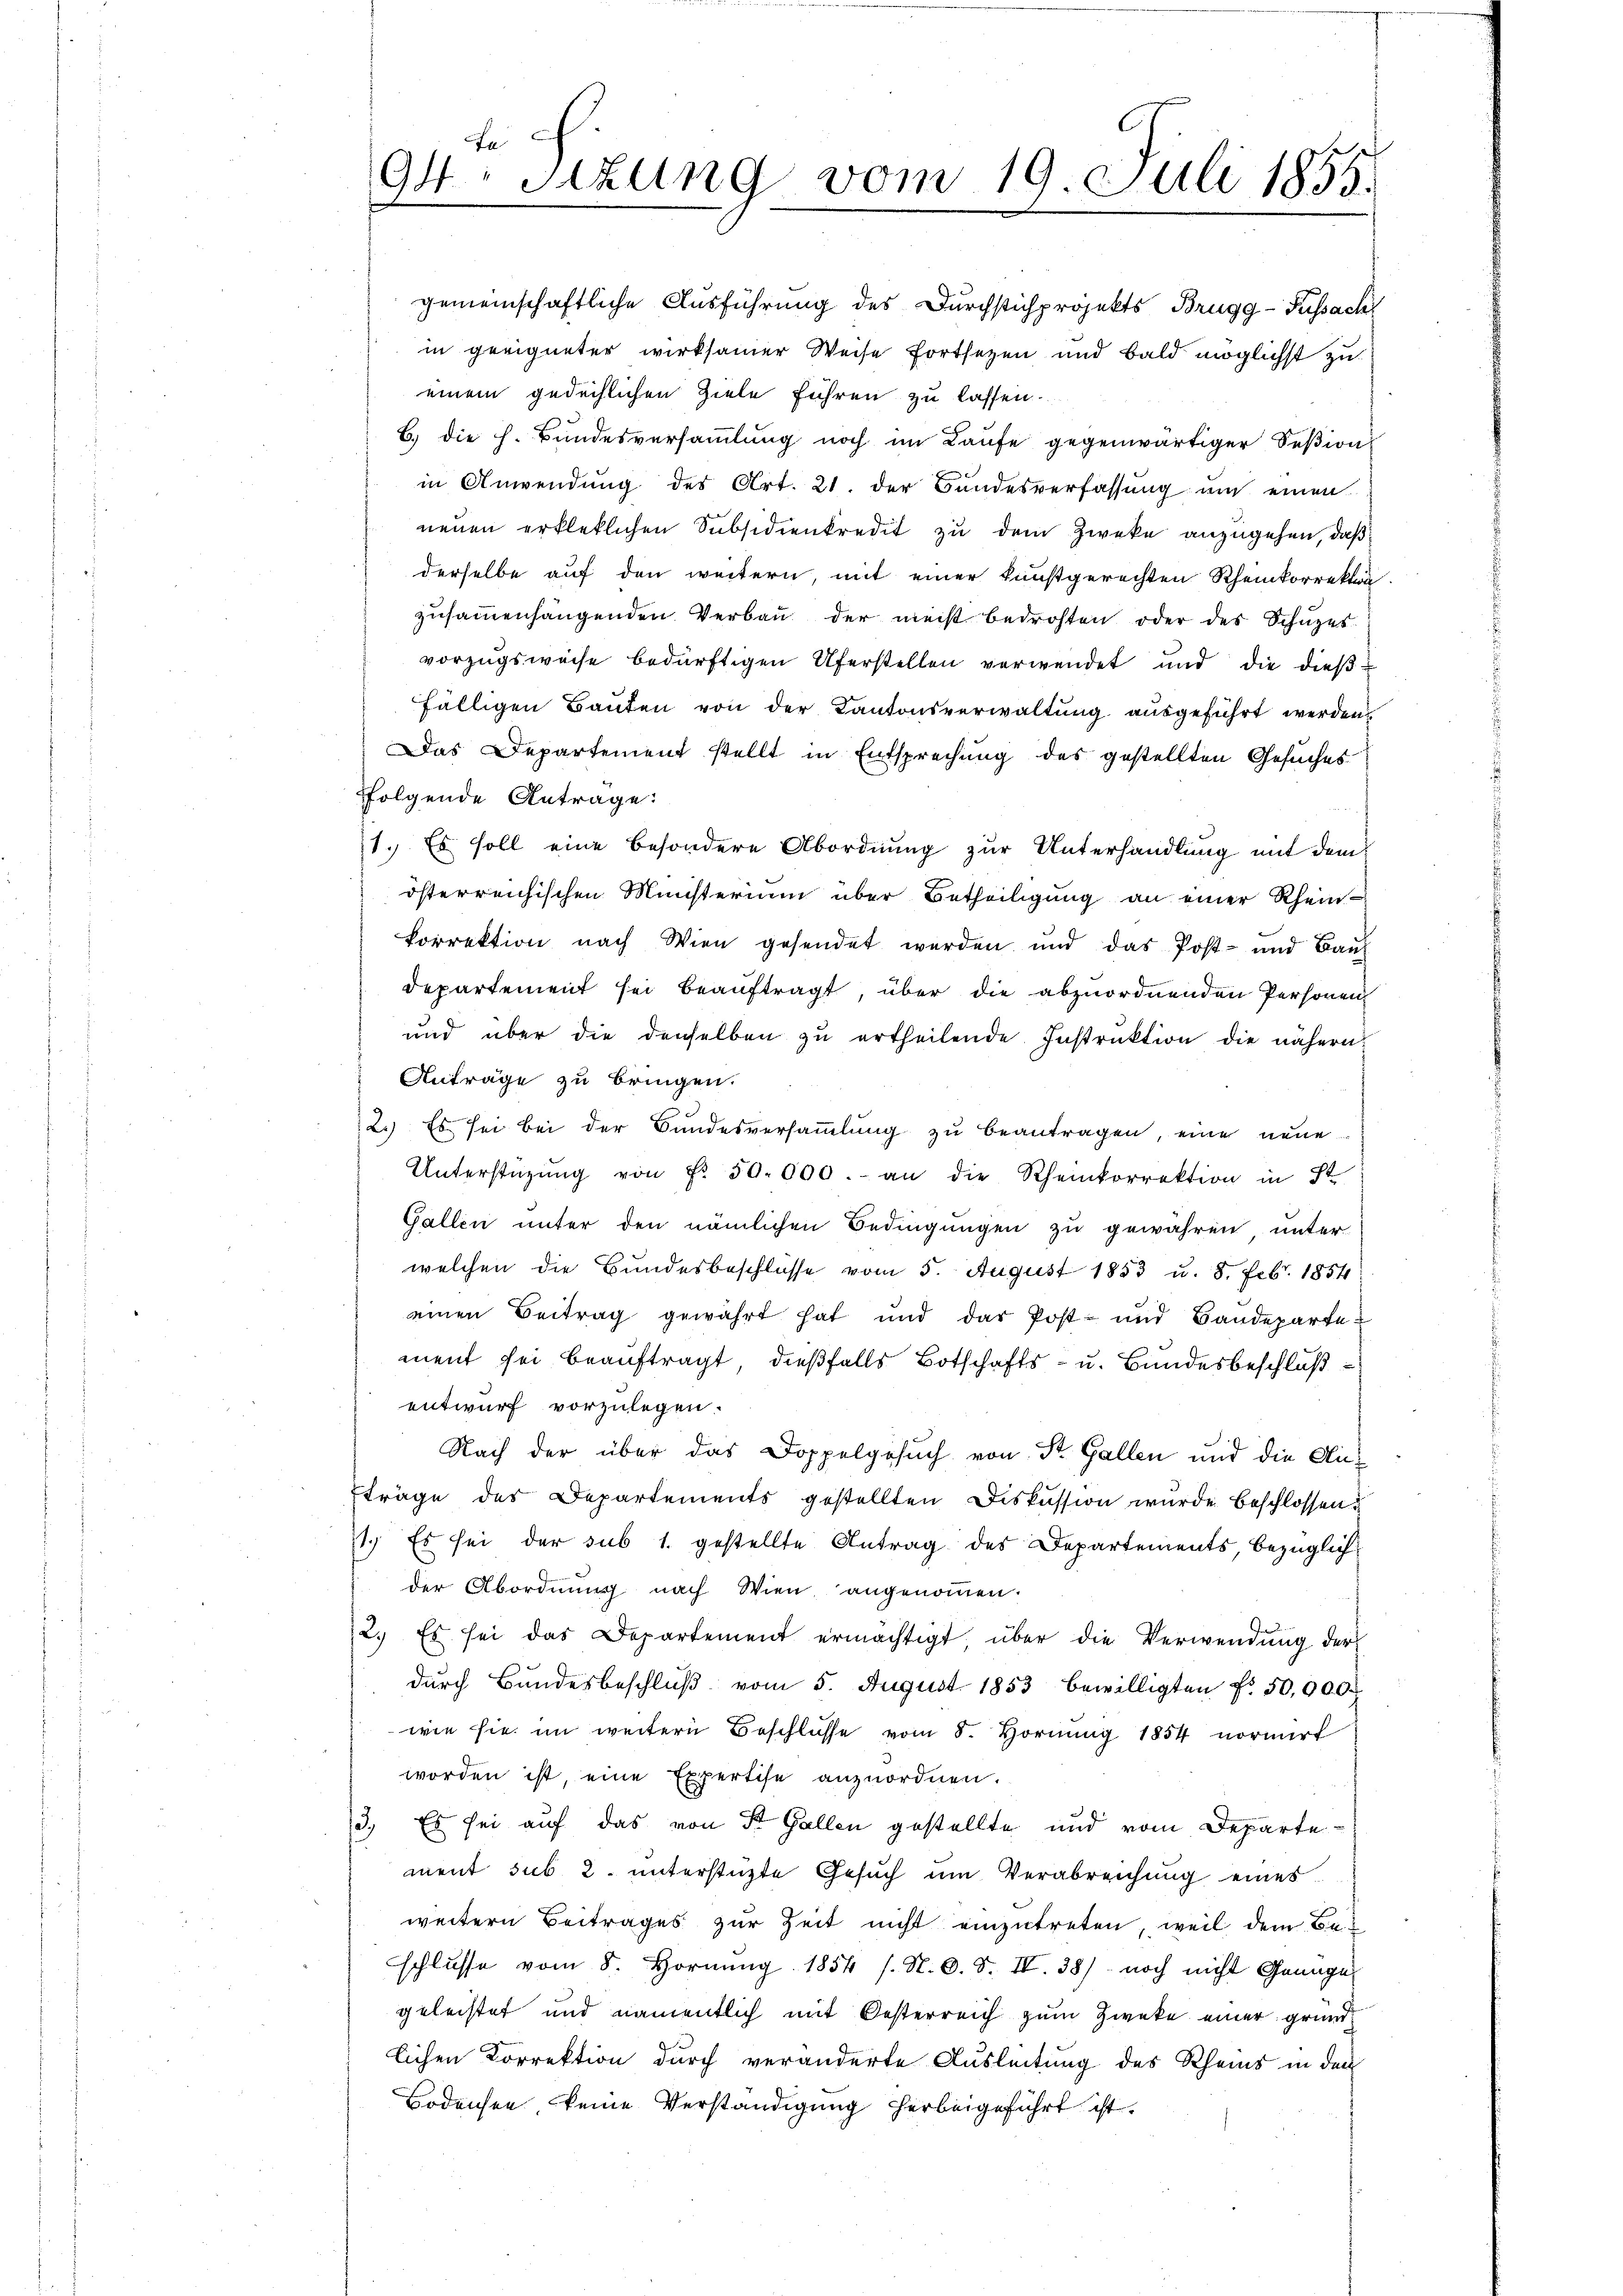
de c.
94 sizung vom 19. Juli 1855.

gemeinschaftliche Ausführung des Durchstichprojekts Brugg-Fussach
in geeigneter wirksamer Weise fortsetzen und bald möglichst zu
einem gedechlichen Ziele führen zu lassen.
b. die h. Bundesversammlung noch im Laufe gegenwärtiger Seßion
in Anwendung des Art. 21. der Bundesverfassung mit einen
neuen erkleklichen Subsidienkredit zu dem Zweke anzugehen, daß
derselbe auf den weitern, mit einer kunstgerechten Rheinkorrekton
zusammenhängenden Verbau der meist bedrohten oder des Schüzes.
vorzugsweise bedürftigen Uferstellen verwendet und die dießfälligen Bauten von der Kantonsverwaltung ausgeführt werden
Das Departement stellt in Entsprechung des gestellten Gesuches
ffolgende Antrage:

1. Es soll eine besondere Abordnung zur Unterhandlung mit dem
österreichischen Ministerium über Betheiligung an einer Rheinkorrektion nach Wien gesendet werden und das Post- und Baŭ
departement sei beauftragt, über die abzuordnenden Personen
und über die denselben zu ertheilende Instruktion die nähern
Anträge zu bringen.
2.) Es sei bei der Bundesversammlung zu beantragen, eine neue
Unterstügŭng von Fr. 50. 000. an die Rheinkorrektion in St.
Gallen unter den nämlichen Bedingungen zu gewähren, unter
welchen die Bundesbeschlüsse vom 5. August 1853 u. 8. Feb. 1854
einen Beitrag gewahrt hat und das Post- und Baudeparte-
ment sei beauftragt, dießfalls Botschafts- u. Bundesbeschluß
entwurf vorzulegen.
Nach der über das Doppelgesuch von Dr. Gallen und die Auträge des Departements gestellten Diskussion wurde beschlossen?
1.) Es sei der sub 1. gestellte Antrag des Departements, bezüglichder Abordnung nach Wien angenommen.
2. Es sei das Departement ermächtigt, über die Verwendung der
durch Bundesbeschluß vom 5. August 1853 bewilligten Fr. 50,000
wie sie im weitern Beschlüsse vom 8. Hornŭng 1854 normirt
worden ist, eine Expertise anzuordnen.
3., Es sei auf das von St. Gallen gestellte und vom Departement sub 2. unterstützte Gesuch um Verabreichung eines
weitern Beitrages zur Zeit nicht einzutreten, weil dem Beschlŭsse vom 8. Hornŭng 1854 s. N. O. S. IV. 38) noch nicht Genüge
geleistet und namentlich mit Oesterreich zum Zwecke einer grundlichen Korrektion durch veränderte Ausleitung des Rheins in den
Bodensee, keine Verständigung herbeigeführt ist.